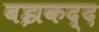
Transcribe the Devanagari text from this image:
बझकद्द